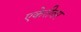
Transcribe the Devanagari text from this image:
एकेरीवर